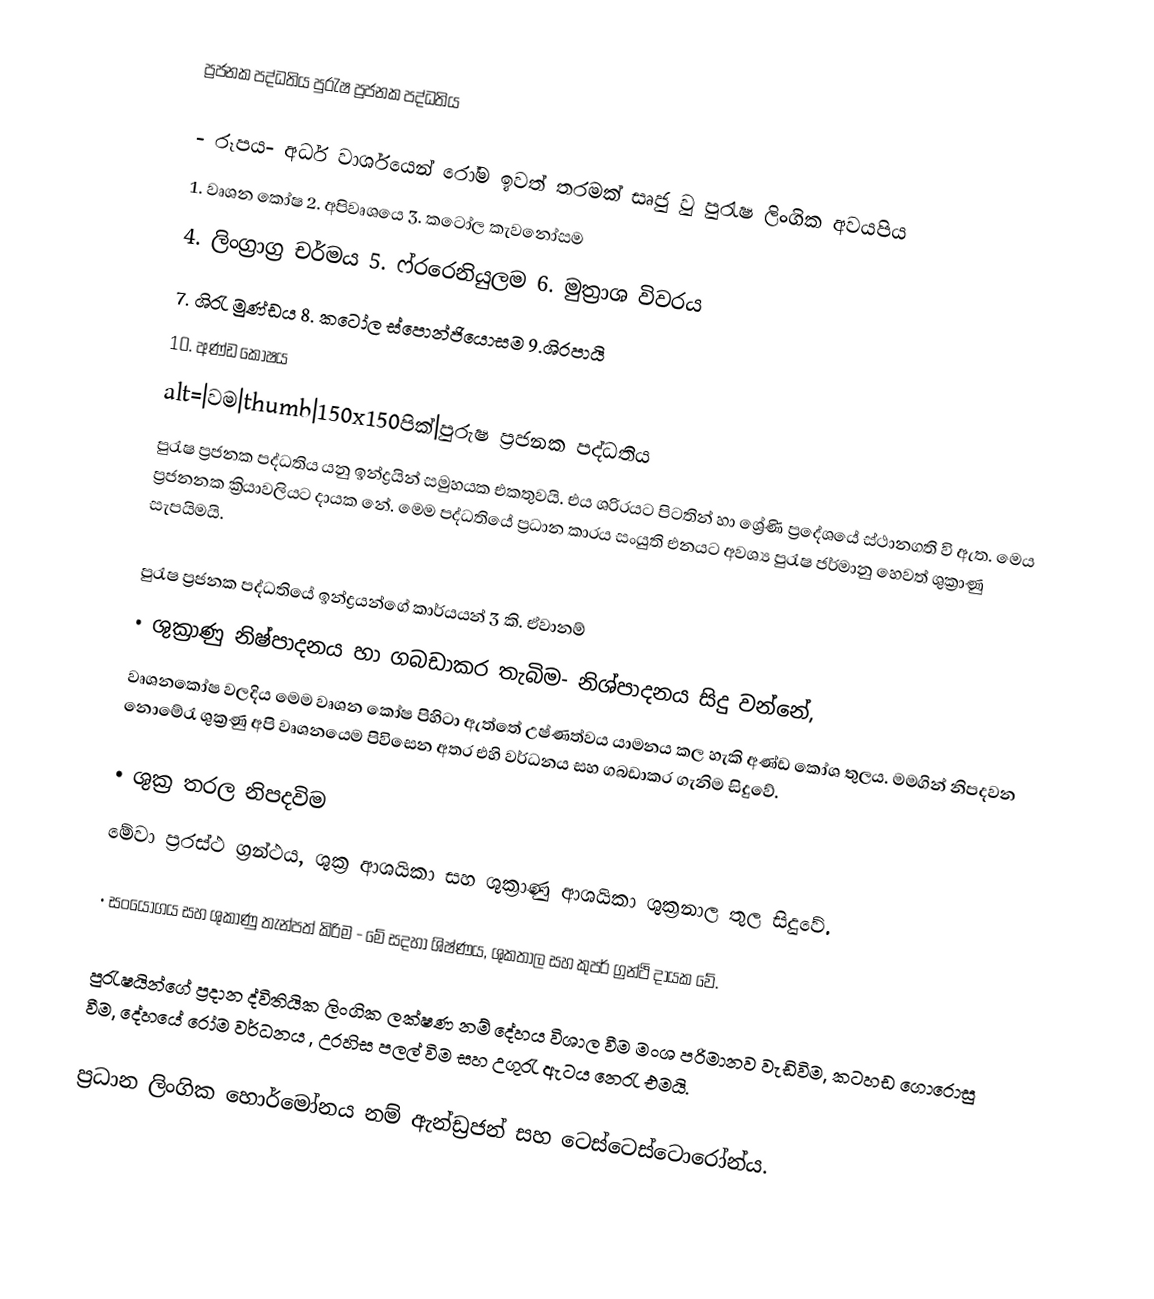
ප්‍ර‍ජනක පද්ධතිය පුරැෂ ප්‍රජනක පද්ධතිය

- රූපය- අර්ධ වාර්ශයෙන් රෝම ඉවත් තරමක් සෘජු වු පුරැෂ ලිංගික අවයපිය
1. වෘශන කෝෂ	2. අපිවෘශයෙ			3. කටෝල කැවනෝසම
4. ලිංග්‍රාග්‍ර ‍චර්මය	5. ෆ්රරෙනියුලම		6. මුත්‍රාශ විවරය
7. ශිරැ මුණ්ඩය		8. කටෝල ස්පොන්ජියොසම	9.ශිරපායි
10. අණ්ඩ කෝෂය
alt=|වම|thumb|150x150පික්|පුරුෂ ප්‍රජනක පද්ධතිය
පුරැෂ ප්‍රජනක පද්ධතිය යනු ඉන්ද්‍රයින් සමුහයක එකතුවයි. එය ශරිරයට පිටතින් හා ශ්‍රේණි ප්‍රදේශයේ ස්ථානගති වි ඇත. මෙය ප්‍රජනනක ක්‍රියාවලියට දායක නේ. මෙම පද්ධතියේ ප්‍රධාන කාරය සංයුති එනයට අවශ්‍ය පුරැෂ ජර්මානු හෙවත් ‍ශුක්‍රාණු සැපයිමයි.

පුරැෂ ප්‍රජනක පද්ධතියේ ඉන්ද්‍රයන්ගේ කාර්යයන් 3 කි. ඒවානම්
•	ශුක්‍රාණු නිෂ්පාදනය හා ගබඩාකර තැබිම- නිශ්පාදනය සිදු වන්නේ,
වෘශනකෝෂ වලදිය මෙම වෘශන කෝෂ පිහිටා ඇත්තේ උෂ්ණත්වය යාමනය කල හැකි අණ්ඩ කෝශ තුලය. මමගින් නිපදවන නොමේරැ ශුක්‍රණු අපි වෘශනයෙම පිවිසෙන අතර එහි වර්ධනය සහ ගබඩාකර ගැනිම සිදුවේ.

•	ශුක්‍ර තරල නිපදවිම
මේවා ප්‍රරස්ථ ග්‍රන්ථය, ශුක්‍ර ආශයිකා සහ ශුක්‍රාණු ආශයිකා ශුක්‍රනාල තුල සිදුවේ.

•	ස‍ංයෝගය සහ ශුකාණු තැන්පත් කිරිම - මේ සදහා ශිෂ්ණය, ශුකතාල සහ කුපර් ග්‍රන්ථි දායක වේ.

පුරැෂයින්ගේ ප්‍රදාන ද්විතියික ලිංගික ලක්ෂණ නම් දේහය විශාල වීම මංශ පරිමානව වැඩිවිම, කටහඩ ගොරොසු වීම, දේහයේ රෝම වර්ධනය , උරහිස පලල් විම සහ උගුරැ ඇටය නෙරැ එමයි.

ප්‍රධාන ලිංගික හොර්මෝනය නම් ඇන්ඩ්‍රජන් සහ ටෙස්ටෙස්ටොරෝන්ය.